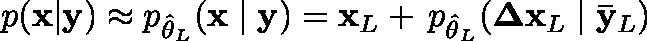
p ( \mathbf { x } | \mathbf { y } ) \approx p _ { \hat { \theta } _ { L } } ( \mathbf { x } \mid \mathbf { y } ) = \mathbf { x } _ { L } + \, p _ { \hat { \theta } _ { L } } ( \mathbf { \Delta x } _ { L } \mid \mathbf { \bar { y } } _ { L } )